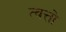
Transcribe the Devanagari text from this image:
त्वत्तो